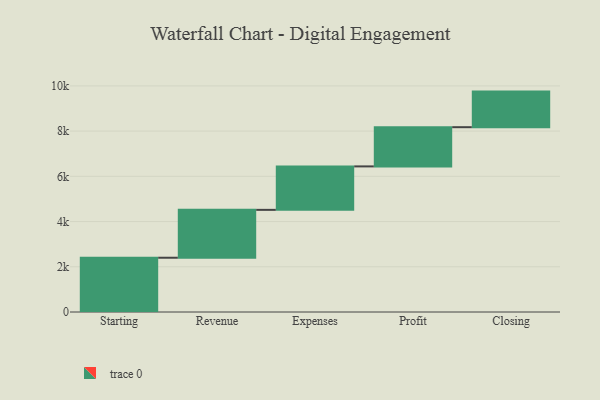
{"axis": {"x": "Step", "y": "Value"}, "legend": [""], "data": [{"x": "Starting", "y": 2400.0, "type": ""}, {"x": "Revenue", "y": 2117.0, "type": ""}, {"x": "Expenses", "y": 1922.0, "type": ""}, {"x": "Profit", "y": 1734.0, "type": ""}, {"x": "Closing", "y": 1574.0, "type": ""}]}